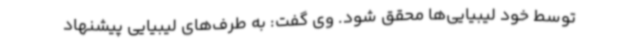
توسط خود لیبیایی‌ها محقق شود. وی گفت: به طرف‌های لیبیایی پیشنهاد